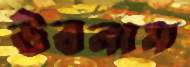
উবলাম